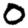
Digit: 0